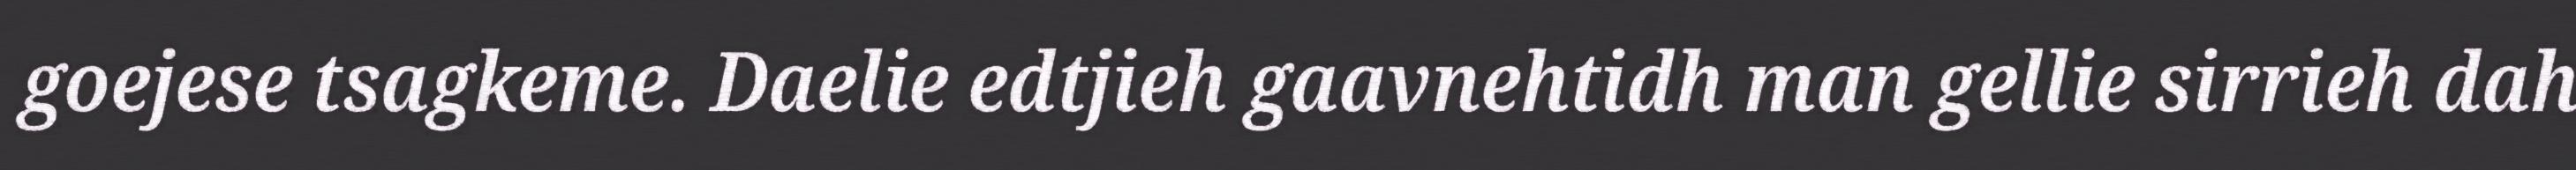
goejese tsagkeme. Daelie edtjieh gaavnehtidh man gellie sirrieh dah